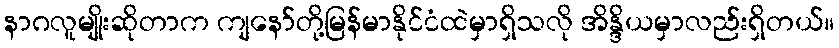
နာဂလူမျိုးဆိုတာက ကျနော်တို့မြန်မာနိုင်ငံထဲမှာရှိသလို အိန္ဒိယမှာလည်းရှိတယ်။